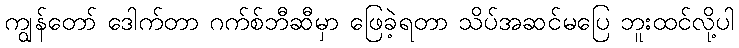
ကျွန်တော် ဒေါက်တာ ဂက်စ်ဘီဆီမှာ ဖြေခဲ့ရတာ သိပ်အဆင်မပြေ ဘူးထင်လို့ပါ